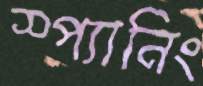
স্প্যানিং